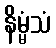
နိမ္မံသံ